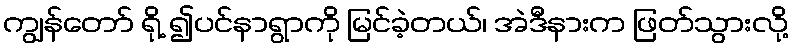
ကျွန်တော် ရို့ ၍ပင်နာရွာကို မြင်ခဲ့တယ်၊ အဲဒီနားက ဖြတ်သွားလို့